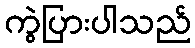
ကွဲပြားပါသည်